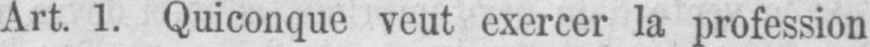
Art. 1. Quiconque veut exercer la profession